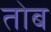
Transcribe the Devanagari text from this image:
तोब